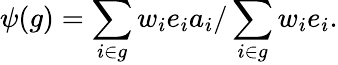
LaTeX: \psi(g)=\sum_{i\in g}w_{i}e_{i}a_{i}/\sum_{i\in g}w_{i}e_{i}.